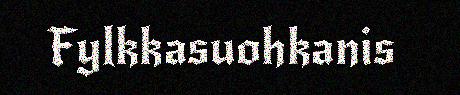
Fylkkasuohkanis